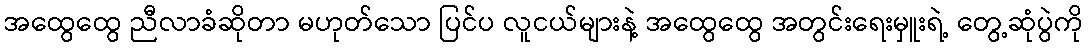
အထွေထွေ ညီလာခံဆိုတာ မဟုတ်သော ပြင်ပ လူငယ်များနဲ့ အထွေထွေ အတွင်းရေးမှူးရဲ့ တွေ့ဆုံပွဲကို